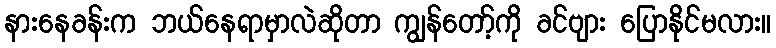
နားနေခန်းက ဘယ်နေရာမှာလဲဆိုတာ ကျွန်တော့်ကို ခင်ဗျား ပြောနိုင်မလား။